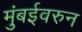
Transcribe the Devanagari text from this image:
मुंबईवरुन